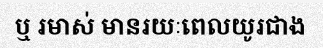
ឬ រមាស់ មានរយៈពេលយូរជាង